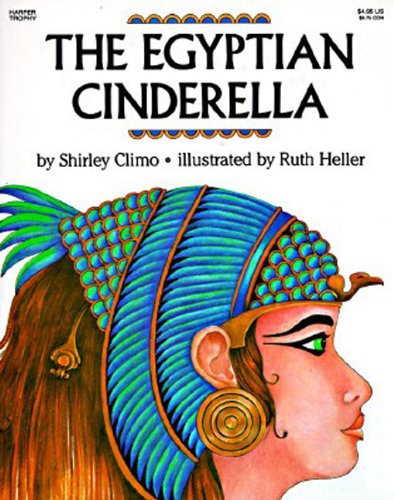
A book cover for The Egyptian Cinderella; Shirley Climo; Children's Books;